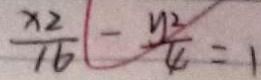
\frac { x 2 } { 1 6 } - \frac { y ^ { 3 } } { 4 } = 1